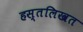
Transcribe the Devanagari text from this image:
हस्तलिखत